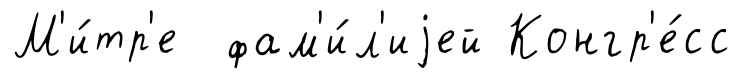
М'и́тр'е фам'и́л'иjей Конгр'е́сс